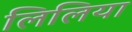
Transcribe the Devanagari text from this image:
लिलिया